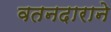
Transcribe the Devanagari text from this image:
वतनदाराने